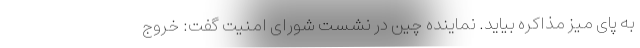
به پای میز مذاکره بیاید. نماینده چین در نشست شورای امنیت گفت: خروج